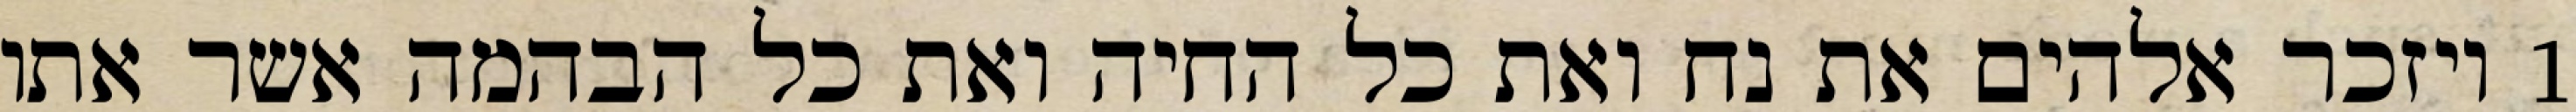
1 ויזכר אלהים את נח ואת כל החיה ואת כל הבהמה אשר אתו